Annual report on the working of the mental hospitals in the Madras Presidency - 1912-1932
Year: 1912
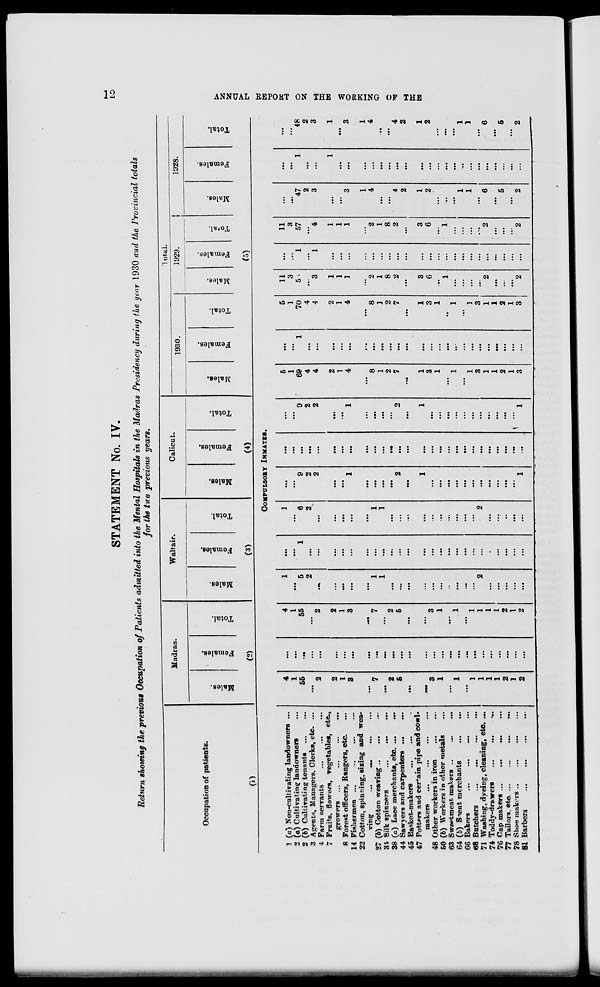
12
ANNUAL REPORT ON THE WORKING OF THE
STATEMENT No. IV.
Return showing the previous Occupation of Patients admitted into the Mental Hospitals in the Madras Presidency during the year 1930 and the Provincial totals
for the two previous years.
Occupation of patients.
(1)
1
2
2
3
4
7
8
14
22
27
34
38
44
45
47
48
50
63
64
66
68
71
74
76
77
78
81
(a) Non-cultivating landowners ...
(a) Cultivating landowners ...
(b) Cultivating tenants ... ...
Agents. Managers. Clerks, etc. ...
Farm servants ... ... ...
Fruits. flowers, vegetables, etc.,
growers ...
...
...
...
Forest officers, Rangers, etc. ...
Fishermen
...
...
...
...
Cotton, spinning, sizing and wea-
ving
...
...
...
...
(b) Cotton weaving ... ... ...
Silk spinners
...
...
...
(a) Lace merchants, etc. ... ...
Sawyers and carpenters ... ...
Basket-makers ... ... ...
Potters and certain pipe and cowl-
makers ... ... ... ...
Other workers in iron
...
...
(b) Workers in other metals
...
Sweetmeat makers
...
...
...
(b) Scent merchants
...
...
Bakers
...
...
...
...
Batchers
...
...
...
...
Washing, dyeing, cleaning, etc. ...
Toddy-drawers
...
...
...
Cap makers ...
...
...
...
Tailors, etc.
...
...
...
...
Shoe makers ..
...
...
...
Barbers
...
...
...
...
Madras.
Males.
Females.
Total.
(2)
Waltair.
Males.
Females.
Total.
(3)
Calicut.
Males.
Females.
Total.
(4)
Total.
1930.
Males.
Females.
Total.
1929.
Males.
Females.
Total.
1928.
Males.
Females.
Total.
(5)
COMPULSORY INMATES.
4
1
55
...
2
2
1
3
...
7
...
2
5
...
...
3
1
...
1
...
1
1
1
1
2
1
2
...
...
...
...
...
...
...
...
...
...
...
...
...
...
...
...
...
...
...
...
...
...
...
...
...
...
...
4
1
55
...
2
2
1
3
...
7
...
2
5
...
...
3
1
...
1
...
1
1
1
1
2
1
2
1
...
5
2
...
...
...
...
...
1
1
...
...
...
...
...
...
...
...
...
...
2
...
...
...
...
...
...
...
1
...
...
...
...
...
...
...
...
...
...
...
...
...
...
...
...
...
...
...
...
...
...
...
...
1
...
6
2
...
...
...
...
...
1
1
...
...
...
...
...
...
...
...
...
...
2
...
...
..
...
...
...
...
9
2
2
...
...
1
...
...
...
...
2
...
1
...
...
...
...
...
...
...
...
...
...
...
1
...
...
...
...
...
...
...
...
...
...
...
...
...
...
...
...
...
...
...
...
...
...
...
...
...
...
...
...
...
9
2
2
...
...
1
...
...
...
...
2
...
1
...
...
...
...
...
...
...
...
...
...
...
1
5
1
69
4
4
2
1
4
...
8
1
2
7
...
1
3
1
...
1
...
1
3
1
1
2
1
3
...
...
1
...
...
...
...
...
...
...
...
...
...
...
...
...
...
...
...
...
...
...
...
...
...
...
...
5
1
70
4
4
2
1
4
...
8
1
2
7
...
1
3
1
...
1
...
1
3
1
1
2
1
3
11
3
56
...
3
1
1
1
...
2
1
8
2
...
3
6
...
1
...
...
...
...
2
...
...
...
2
...
...
1
...
1
...
...
...
...
...
...
...
...
...
...
...
...
...
...
...
...
...
...
...
...
...
...
11
3
57
...
4
1
1
1
...
2
1
8
2
...
3
6
...
1
...
...
...
...
2
...
...
...
2
...
...
47
2
3
...
...
3
1
4
...
...
4
2
1
2
...
...
...
1
1
...
6
...
5
...
2
...
...
1
...
...
1
...
...
...
...
...
...
...
...
...
...
...
...
...
...
...
...
...
...
...
...
...
...
...
48
2
3
1
...
3
1
4
...
...
4
2
1
2
...
...
...
1
1
...
6
...
5
...
2